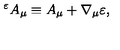
{ } ^ { \varepsilon } A _ { \mu } \equiv A _ { \mu } + \nabla _ { \mu } \varepsilon ,